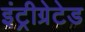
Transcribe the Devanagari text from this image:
इंट्रीग्रेटेड